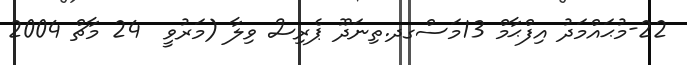
22-މުޙައްމަދު އިފްޙާމް 13މަސްގދ.ތިނަދޫ ޕެރިސް ވިލާ (މަރުވީ  24 މާޗް 2004